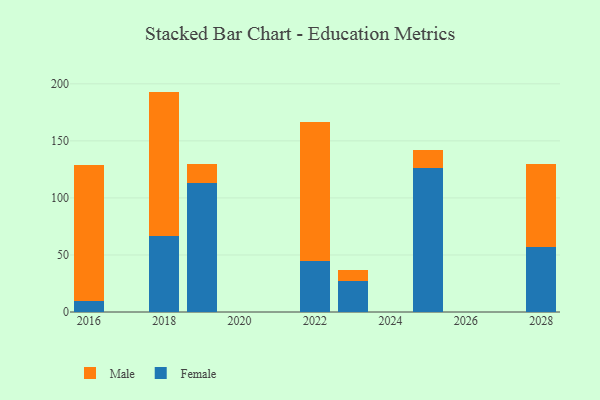
{"axis": {"x": "Year", "y": "Bounce Rate (%)"}, "legend": ["Female", "Male"], "data": [{"x": "2018", "y": 66.7, "type": "Female"}, {"x": "2018", "y": 126.5, "type": "Male"}, {"x": "2023", "y": 27.1, "type": "Female"}, {"x": "2023", "y": 9.3, "type": "Male"}, {"x": "2019", "y": 113.0, "type": "Female"}, {"x": "2019", "y": 16.4, "type": "Male"}, {"x": "2022", "y": 44.4, "type": "Female"}, {"x": "2022", "y": 122.4, "type": "Male"}, {"x": "2025", "y": 126.3, "type": "Female"}, {"x": "2025", "y": 15.6, "type": "Male"}, {"x": "2028", "y": 57.1, "type": "Female"}, {"x": "2028", "y": 72.8, "type": "Male"}, {"x": "2016", "y": 9.9, "type": "Female"}, {"x": "2016", "y": 118.9, "type": "Male"}]}